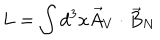
L = \int d ^ { 3 } x \vec { A } _ { V } \cdot \vec { B } _ { N }